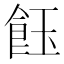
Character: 𩚽